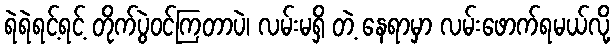
ရဲရဲရင့်ရင့် တိုက်ပွဲဝင်ကြတာပဲ၊ လမ်းမရှိ တဲ့ နေရာမှာ လမ်းဖောက်ရမယ်လို့